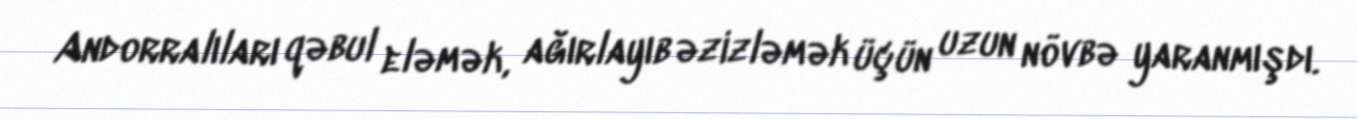
Andorralıları qəbul eləmək, ağırlayıb əzizləmək üçün uzun növbə yaranmışdı.